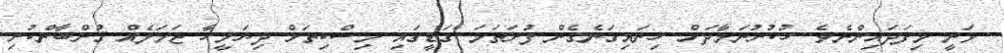
ވަނީ މިފަދައިންނެވެ. ހުކުރުނަމާދަށް ހިނައިގަނެގެން ފުރަތަމަ ގަޑީގައި މިސްކިތަށް ދިޔަމީހާ ޖަމަލެއް ޤުރްބާންކުރި